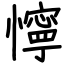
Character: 懧